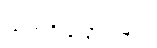
သက်ရှိသတ္တဝါများ